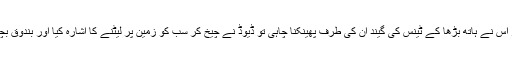
سپاہیوں کو دیکھ کر اس نے ہاتھ بڑھا کے ٹینس کی گیند ان کی طرف پھینکنا چاہی تو ڈیوڈ نے چیخ کر سب کو زمین پر لیٹنے کا اشارہ کیا اور بندوق بچے کی سمت تان لی۔